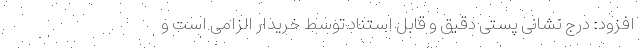
افزود: درج نشانی پستی دقیق و قابل استناد توسط خریدار الزامی است و